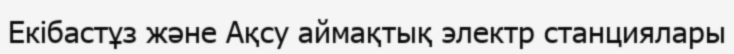
Екібастұз және Ақсу аймақтық электр станциялары